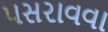
પસરાવવા